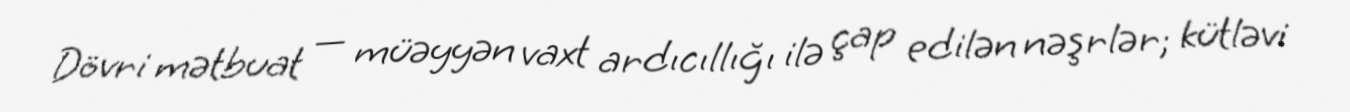
Dövri mətbuat — müəyyən vaxt ardıcıllığı ilə çap edilən nəşrlər; kütləvi